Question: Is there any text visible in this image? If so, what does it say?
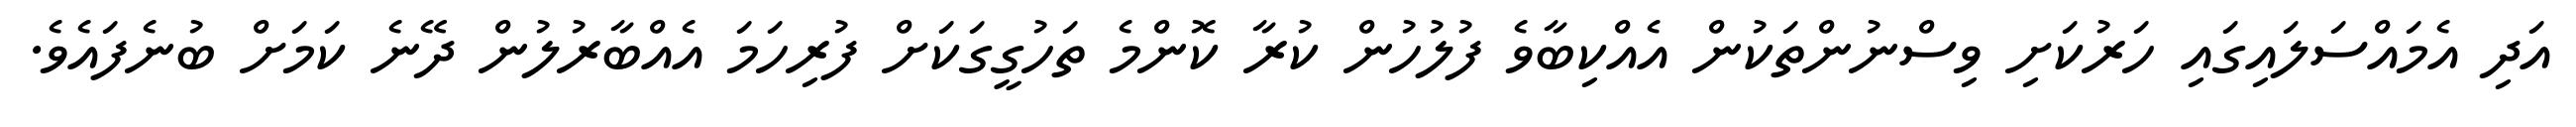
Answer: އަދި އެމައްސަލައިގައި ހަރުކަށި ވިސްނުންތަކުން އެއްކިބާވެ ފުލުހުން ކުރާ ކޮންމެ ތަހުގީގަކަށް ފުރިހަމަ އެއްބާރުލުން ދޭނެ ކަމަށް ބުނެފައެވެ.